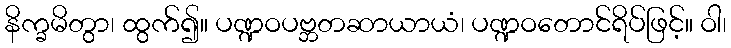
နိက္ခမိတွာ၊ ထွက်၍။ ပဏ္ဍဝပဗ္ဘတဆာယာယံ၊ ပဏ္ဍဝတောင်ရိပ်ဖြင့်။ ဝါ၊